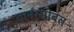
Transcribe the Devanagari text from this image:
गार्नरसोबत